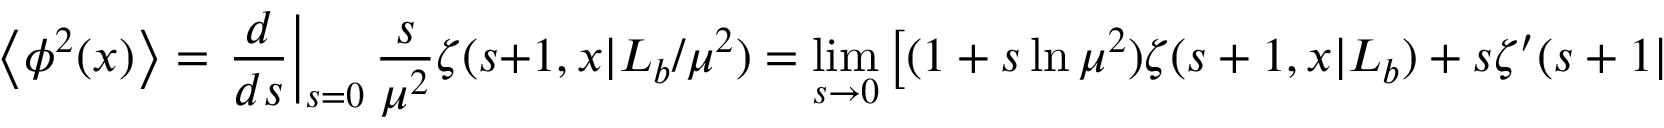
\left< \phi ^ { 2 } ( x ) \right> = \left. { \frac { d } { d s } } \right| _ { s = 0 } { \frac { s } { \mu ^ { 2 } } } \zeta ( s + 1 , x | L _ { b } / \mu ^ { 2 } ) = \operatorname * { l i m } _ { s \rightarrow 0 } \left[ ( 1 + s \ln \mu ^ { 2 } ) \zeta ( s + 1 , x | L _ { b } ) + s \zeta ^ { \prime } ( s + 1 | L _ { b } ) \right] ,